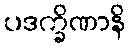
ပဒက္ခိဏာနိ